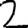
Digit: 2